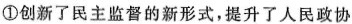
①创新了民主监督的新形式，提升了人民政协